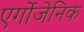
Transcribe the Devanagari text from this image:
एर्गोजेनिक